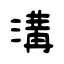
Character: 溝